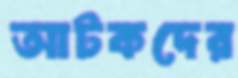
আটকদের